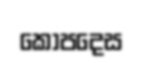
කොපදෙස